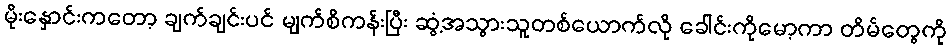
မိုးနှောင်းကတော့ ချက်ချင်းပင် မျက်စိကန်းပြီး ဆွံ့အသွားသူတစ်ယောက်လို ခေါင်းကိုမော့ကာ တိမ်တွေကို